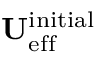
\mathbf { U } _ { \mathrm { e f f } } ^ { \mathrm { i n i t i a l } }